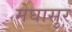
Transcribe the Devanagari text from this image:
मेघासुर